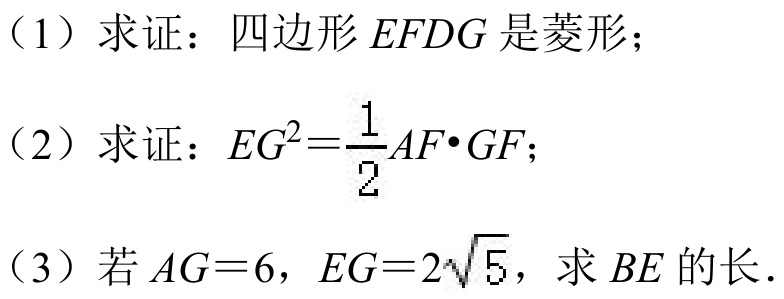
（1）求证：四边形\(EFDG\)是菱形；
（2）求证：\(EG^{2}=\frac{1}{2}AF\cdot GF\)；
（3）若\(AG = 6\)，\(EG = 2\sqrt{5}\)，求\(BE\)的长.